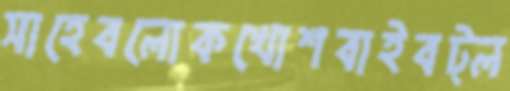
সাহেবলোকখোশবাইবট্ল